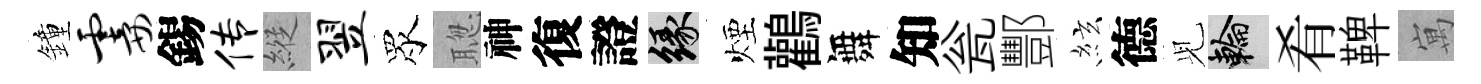
鐘霎錫传縱翌眾聦神復證緣煙鸛舞知瓮酆絃德𫤗輪肴鞞寓